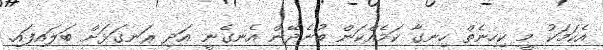
އެކަމަކު މީ ކިހިނެތް ހިނގާ ކަމެއްކަން ބުނެދޭން އެނގެނީ އަދި ރަނގަޅަށް ބަލައިފައި.